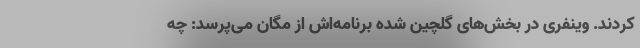
کردند. وینفری در بخش‌های گلچین شده برنامه‌اش از مگان می‌پرسد: چه